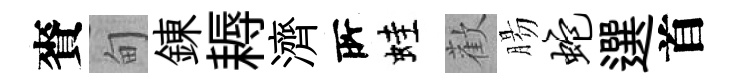
賚甸錬耨濟𠩄蛙歡腸蛇選首